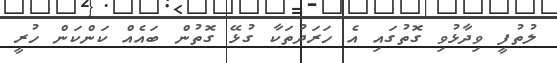
ލުތުފީ ވިދާޅުވި ގޮތުގައި އެ ހަރަދުތަކާ ގުޅޭ ގޮތުން ބައެއް ކަންކަން ހުރީ